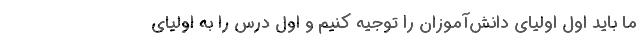
ما باید اول اولیای دانش‌آموزان را توجیه کنیم و اول درس را به اولیای